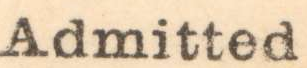
Admitted